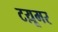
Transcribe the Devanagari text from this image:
टय़ूमर